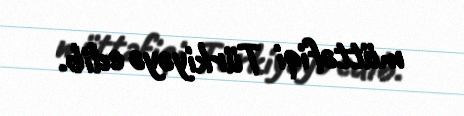
müttəfiqi Türkiyəyə edib.